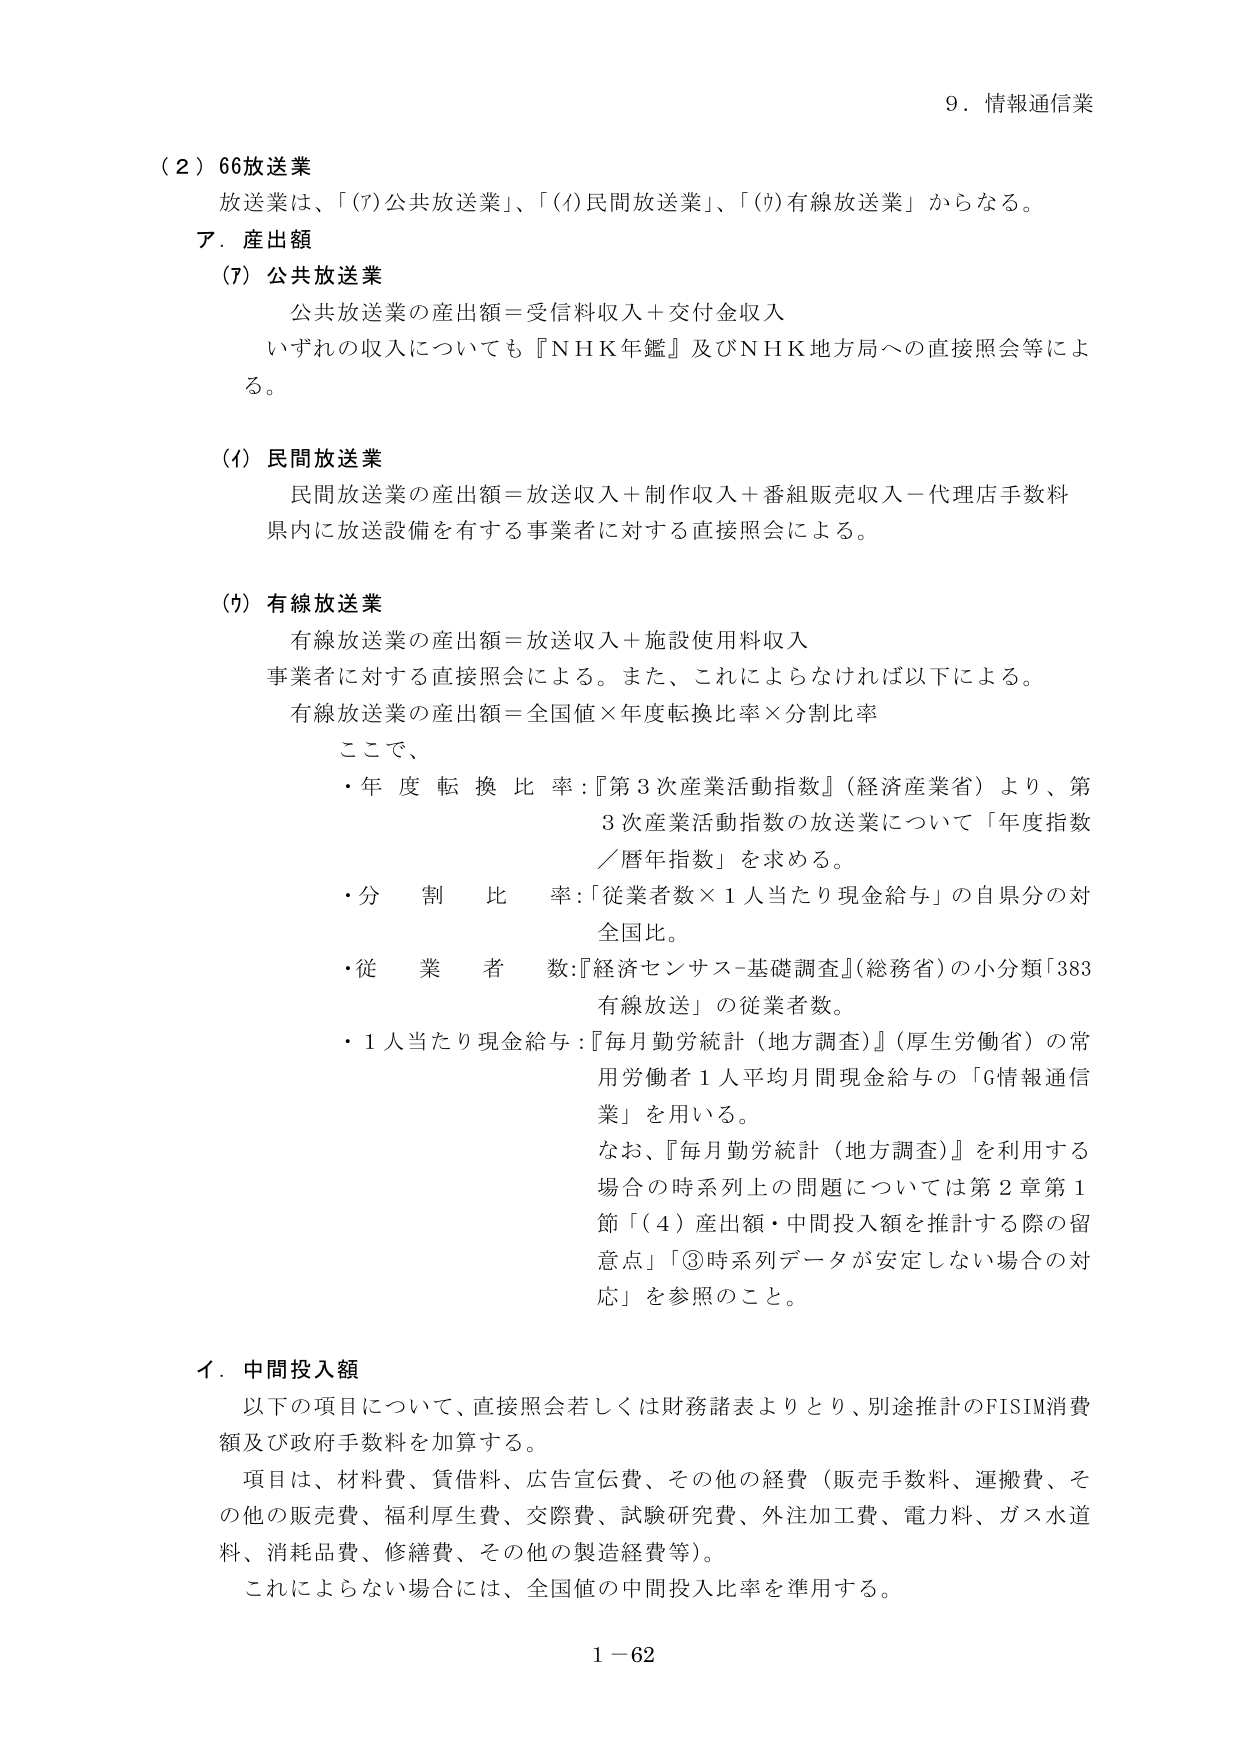
９．情報通信業

（２）66放送業
放送業は、「(ｱ)公共放送業」、「(ｲ)民間放送業」、「(ｳ)有線放送業」からなる。

ア．産出額

(ｱ) 公共放送業
公共放送業の産出額＝受信料収入＋交付金収入
いずれの収入についても『ＮＨＫ年鑑』及びＮＨＫ地方局への直接照会等による。

(ｲ) 民間放送業
民間放送業の産出額＝放送収入＋制作収入＋番組販売収入－代理店手数料
県内に放送設備を有する事業者に対する直接照会による。

(ｳ) 有線放送業
有線放送業の産出額＝放送収入＋施設使用料収入
事業者に対する直接照会による。また、これによらなければ以下による。
有線放送業の産出額＝全国値×年度転換比率×分割比率

ここで、
・年度転換比率：『第３次産業活動指数』（経済産業省）より、第３次産業活動指数の放送業について「年度指数／暦年指数」を求める。
・分割比率：「従業者数×１人当たり現金給与」の自県分の対全国比。
・従業者数：『経済センサス-基礎調査』（総務省）の小分類「383 有線放送」の従業者数。
・１人当たり現金給与：『毎月勤労統計（地方調査）』（厚生労働省）の常用労働者１人平均月間現金給与の「G情報通信業」を用いる。
なお、『毎月勤労統計（地方調査）』を利用する場合の時系列上の問題については第２章第１節「（４）産出額・中間投入額を推計する際の留意点」「③時系列データが安定しない場合の対応」を参照のこと。

イ．中間投入額
以下の項目について、直接照会若しくは財務諸表よりとり、別途推計のFISIM消費額及び政府手数料を加算する。
項目は、材料費、賃借料、広告宣伝費、その他の経費（販売手数料、運搬費、その他の販売費、福利厚生費、交際費、試験研究費、外注加工費、電力料、ガス水道料、消耗品費、修繕費、その他の製造経費等）。
これによらない場合には、全国値の中間投入比率を準用する。

１－62